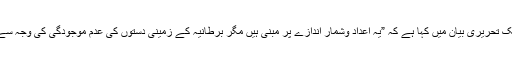
برطانوی وزیردفاع مائیکل فالن نے جمعرات کو پارلیمان میں ایک تحریری بیان میں کہا ہے کہ ”یہ اعداد وشمار اندازے پر مبنی ہیں مگر برطانیہ کے زمینی دستوں کی عدم موجودگی کی وجہ سے حملوں کے موثر ہونے کا ٹھیک ٹھیک اندازہ لگانا مشکل ہے”۔